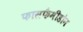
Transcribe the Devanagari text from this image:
फासफैमीडोन